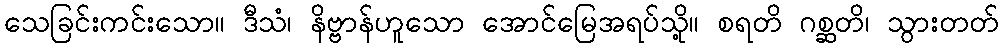
သေခြင်းကင်းသော။ ဒီသံ၊ နိဗ္ဗာန်ဟူသော အောင်မြေအရပ်သို့။ စရတိ ဂစ္ဆတိ၊ သွားတတ်